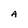
Character: A